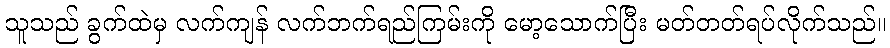
သူသည် ခွက်ထဲမှ လက်ကျန် လက်ဘက်ရည်ကြမ်းကို မော့သောက်ပြီး မတ်တတ်ရပ်လိုက်သည်။